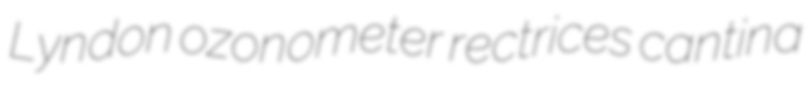
Lyndon ozonometer rectrices cantina